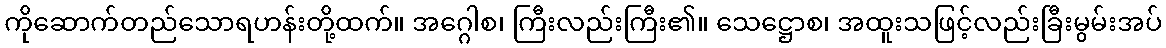
ကိုဆောက်တည်သောရဟန်းတို့ထက်။ အဂ္ဂေါစ၊ ကြီးလည်းကြီး၏။ သေဋ္ဌောစ၊ အထူးသဖြင့်လည်းခြီးမွမ်းအပ်